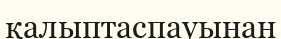
қалыптаспауынан